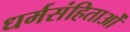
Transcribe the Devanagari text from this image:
धर्मसंहिताओं